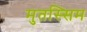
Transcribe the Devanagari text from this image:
मुतस्सिम